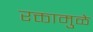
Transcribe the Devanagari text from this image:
रक्तामुळे